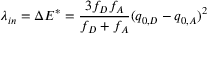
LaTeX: \lambda _ { i n } = \Delta E ^ { * } = { \frac { 3 f _ { D } f _ { A } } { f _ { D } + f _ { A } } } ( q _ { 0 , D } - q _ { 0 , A } ) ^ { 2 }